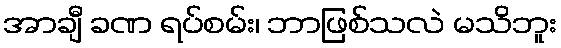
အာချီ ခဏ ရပ်စမ်း၊ ဘာဖြစ်သလဲ မသိဘူး